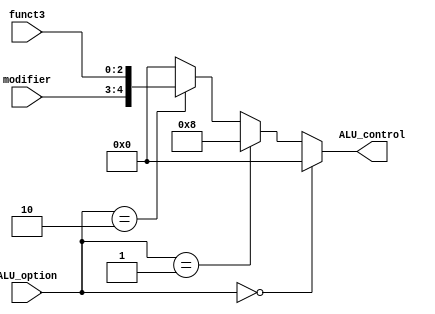
`timescale 1ns / 1ps
module ALU_decoder(
	input [1:0]modifier,
	input [2:0]funct3,
	input [1:0]ALU_option,
	output reg [4:0]ALU_control
);
always @*
	begin
	  if (ALU_option==2'b00)
	  	ALU_control=5'b0000;
	  else if (ALU_option==2'b01)
	  	ALU_control=5'b1000;
	  else if (ALU_option==2'b10)
	  	ALU_control={modifier,funct3};	
	  else
	  	ALU_control=5'b0000;
	end	
endmodule